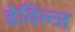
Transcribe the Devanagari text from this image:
डेविल्ज